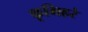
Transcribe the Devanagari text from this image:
कृमिहरं